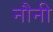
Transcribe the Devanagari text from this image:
नौनी